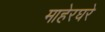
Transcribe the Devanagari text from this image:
माहेरघरे